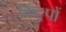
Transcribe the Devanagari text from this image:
किं्रपों